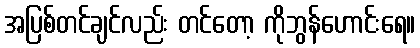
အပြစ်တင်ချင်လည်း တင်တော့ ကိုဘွန်ဟောင်းရေ။